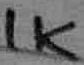
Text: 1K